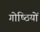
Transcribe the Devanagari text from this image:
गोष्‍ठियों